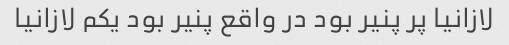
لازانیا پر پنیر بود در واقع پنیر بود یکم لازانیا